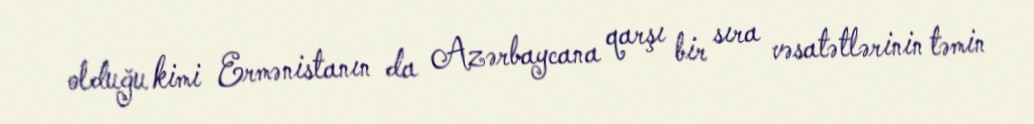
olduğu kimi Ermənistanın da Azərbaycana qarşı bir sıra vəsatətlərinin təmin